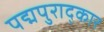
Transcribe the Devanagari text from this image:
पद्मपुराद्कार